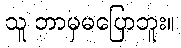
သူ ဘာမှမပြောဘူး။